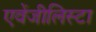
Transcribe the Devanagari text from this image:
एवेंजीलिस्टा